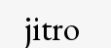
jitro